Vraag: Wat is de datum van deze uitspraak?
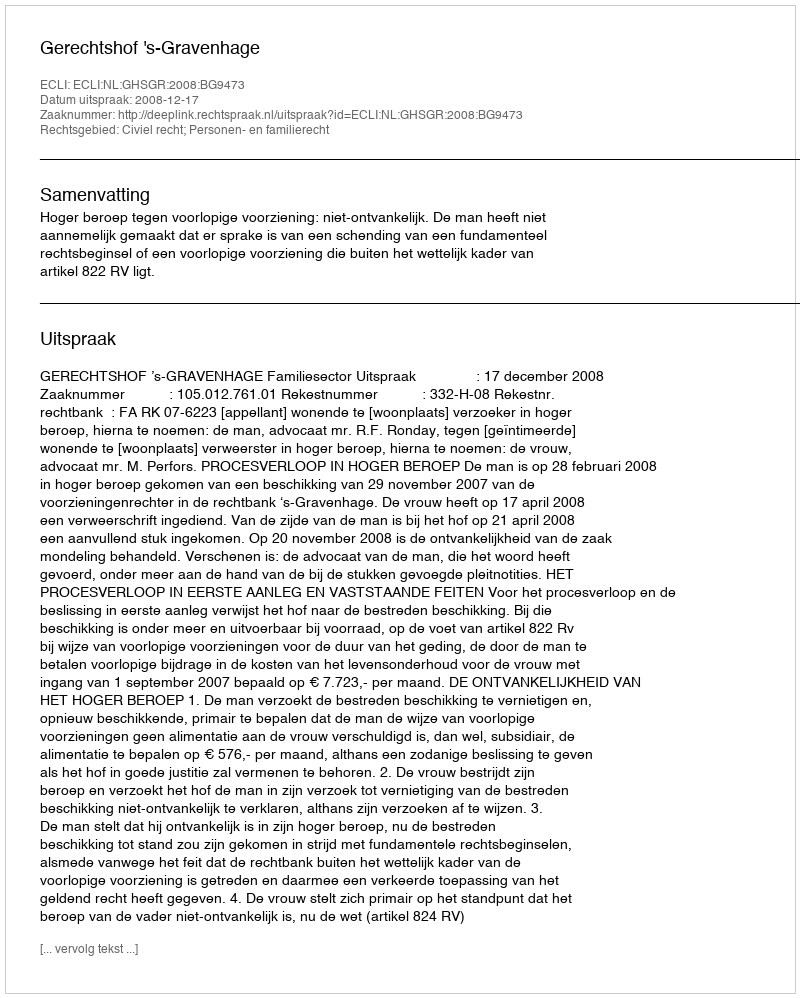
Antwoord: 2008-12-17